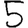
Digit: 5